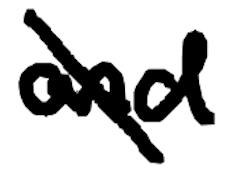
Text: and
Cross-out: diagonal
Writing tool: digital_black